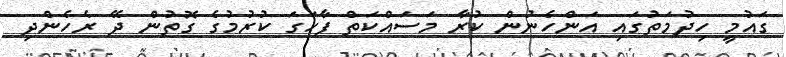
ގައުމީ ހިދުމަތުގައި އަންހެނުން ކުރާ މަސައްކަތް ފާހަގަ ކުރުމުގެ ގޮތުން ދޭ ރެހެންދި